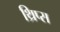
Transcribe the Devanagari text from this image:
थ्रिप्‍स